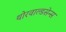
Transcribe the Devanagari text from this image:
थोरवाल्डसेन्स